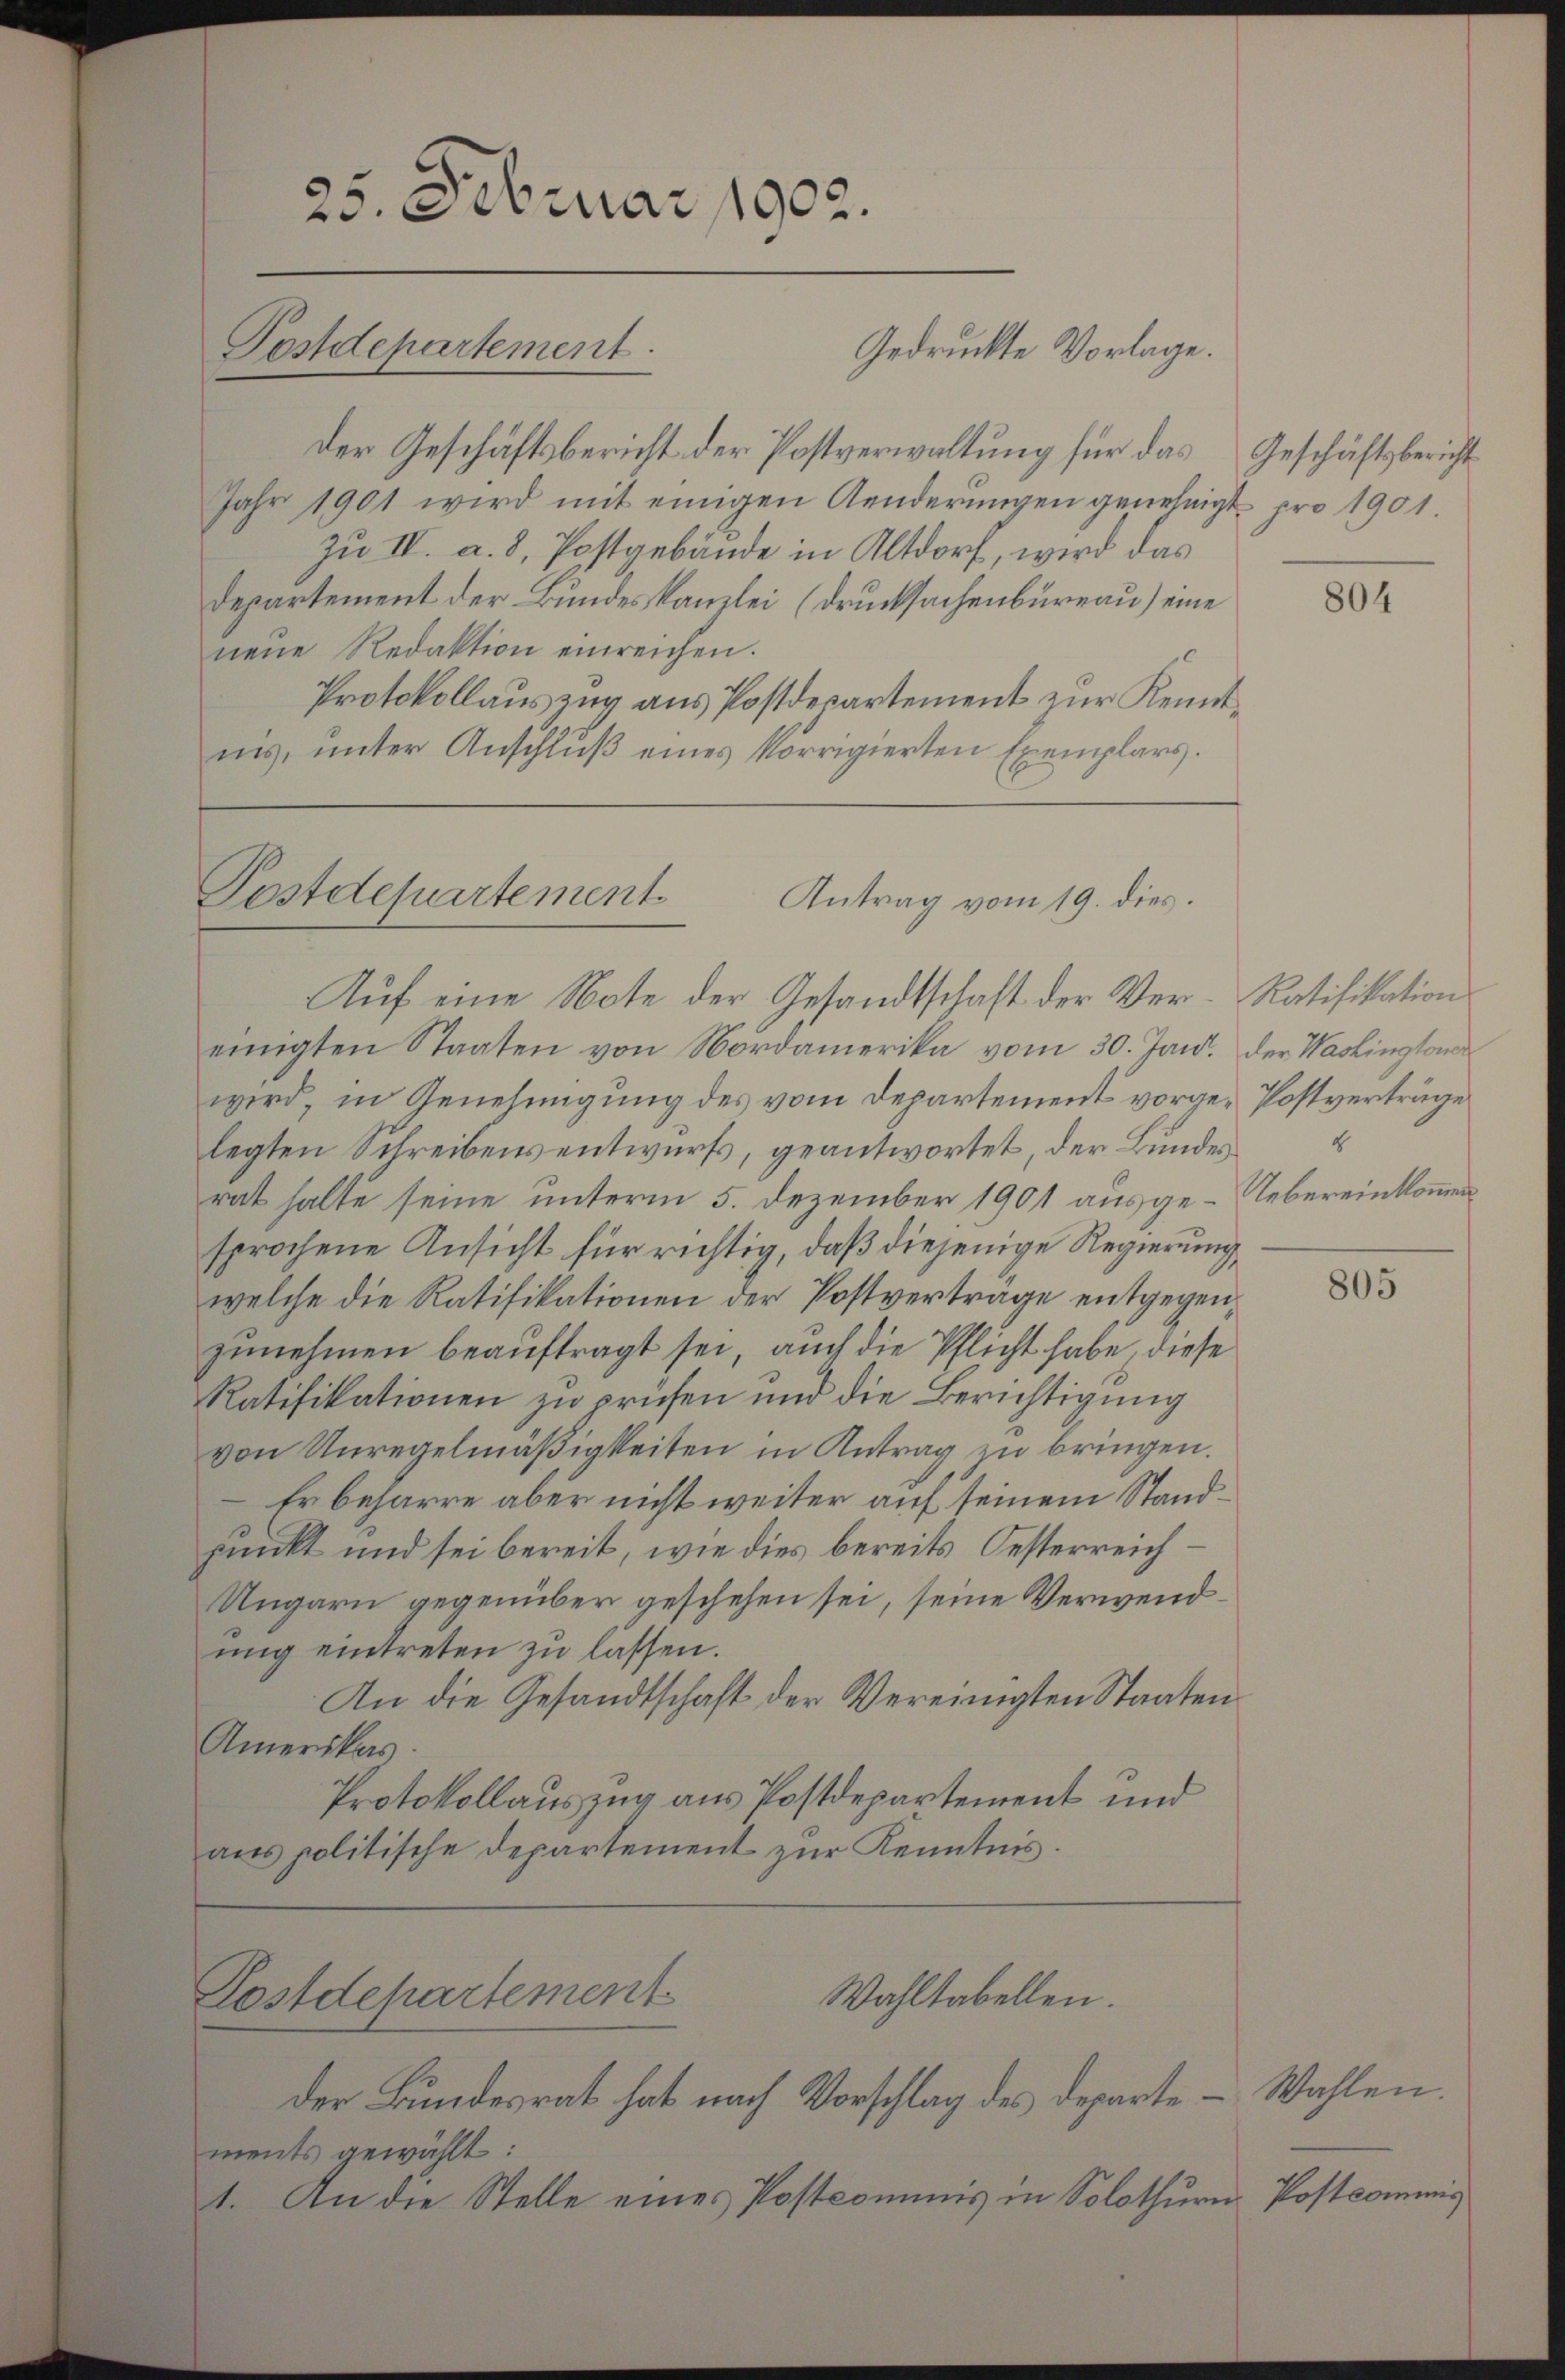
25. Februar 1902.
Postdepartement.
Gedruckte Vorlage.

Der Geschäftsbericht der Postverwaltung für das Geschäftsbericht
Jahr 1901 wird mit einigen Aenderŭngen genehmigt pro 1901.
Zu IV. a. 8. Postgebäude in Altdorf, wird das
Departement der Bundeskanzlei (Drucksachenbureau) eine
neue Redaktion einreichen.
Protokollauszug aus Postdepartement zur Kenntins, unter Anschlŭβ eines korrigierten Exemplars.

Postdepartement
Antrag vom 19. dies.
Auf eine Note der Gesandtschaft der Ver- Ratifikation

Lestdepartement
Wahltabellen.

einigten Staaten von Nordamerika vom 30. Jan. der Washington
wird, in Genehmigung des vom Departement vorge-Postverträge
legten Schreibens entwurfs, geantwortet, der Bundesrat halte seine unterm 5. Dezember 1901 ausge-Uebereinkommen
sprochene Ansicht für richtig, daß diejenige Regierung
welche die Ratifikationen der Postverträge entgegenzunehmen beauftragt sei, auch die Pflicht habe, diese
Ratifikationen zu prüfen und die Berichtigung
von Unregelmäßigkeiten in Antrag zu bringen.
Er beharre aber nicht weiter auf seinem Standpunkt und sei bereit, wie dies bereits Oesterreich¬
Ungarn gegenüber geschehen sei, seine Verwendŭng eintreten zu lassen.
An die Gesandtschaft der Vereinigten Staaten
Amerikas
Protokollauszug aus Postdepartement und
ans politische Departement zur Kenntnis.

Der Bundesrat hat nach Vorschlag des Departements gewählt:
4. An die Stelle eines Postcommis in Solothurn Postcommis

804

8

805

Wahlen.